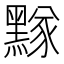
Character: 𪑫